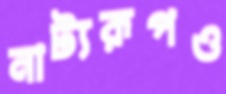
নাট্যরূপও